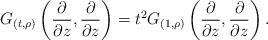
LaTeX: \begin{align*} G_{(t,\rho)}\left(\frac{\partial}{\partial z},\frac{\partial}{\partial z}\right) = t^2G_{(1,\rho)}\left(\frac{\partial}{\partial z},\frac{\partial}{\partial z}\right). \end{align*}